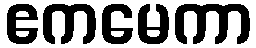
ဧကမေကာ